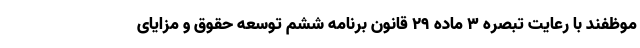
موظفند با رعایت تبصره ۳ ماده ۲۹ قانون برنامه ششم توسعه حقوق و مزایای